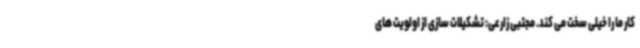
کار ما را خیلی سخت می کند. مجتبی زارعی: تشکیلات سازی از اولویت های